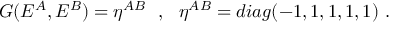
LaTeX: G ( E ^ { A } , E ^ { B } ) = \eta ^ { A B } ~ ~ , ~ ~ \eta ^ { A B } = d i a g ( - 1 , 1 , 1 , 1 , 1 ) ~ .